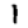
Digit: 1